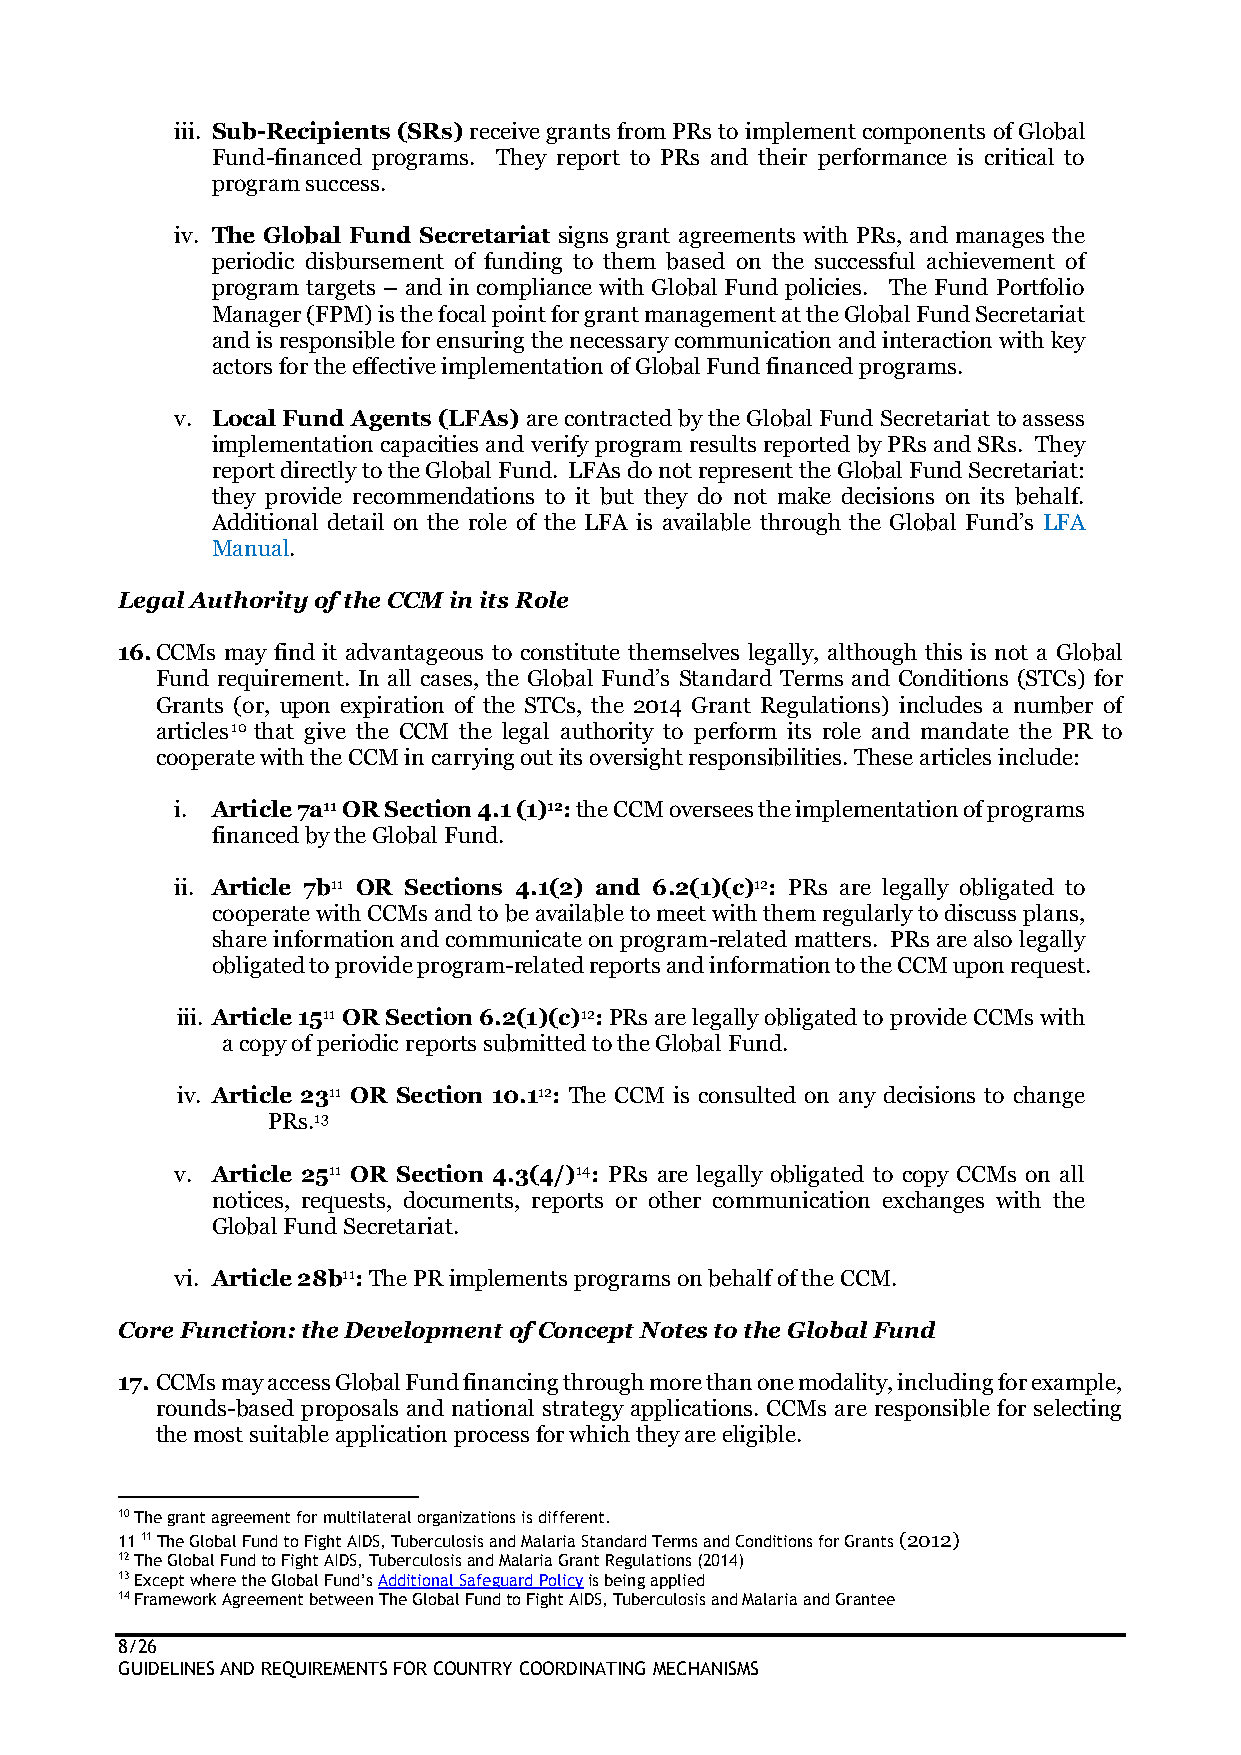
iii. Sub-Recipients (SRs) receive grants from PRs to implement components of Global
 Fund-financed programs. They report to PRs and their performance is critical to
 program success.
 iv. The Global Fund Secretariat signs grant agreements with PRs, and manages the
 periodic disbursement of funding to them based on the successful achievement of
 program targets – and in compliance with Global Fund policies. The Fund Portfolio
 Manager (FPM) is the focal point for grant management at the Global Fund Secretariat
 and is responsible for ensuring the necessary communication and interaction with key
 actors for the effective implementation of Global Fund financed programs.
 v. Local Fund Agents (LFAs) are contracted by the Global Fund Secretariat to assess
 implementation capacities and verify program results reported by PRs and SRs. They
 report directly to the Global Fund. LFAs do not represent the Global Fund Secretariat:
 they provide recommendations to it but they do not make decisions on its behalf.
 Additional detail on the role of the LFA is available through the Global Fund’s LFA
 Manual.
 Legal Authority of the CCM in its Role
 16. CCMs may find it advantageous to constitute themselves legally, although this is not a Global
 Fund requirement. In all cases, the Global Fund’s Standard Terms and Conditions (STCs) for
 Grants (or, upon expiration of the STCs, the 2014 Grant Regulations) includes a number of
 articles10 that give the CCM the legal authority to perform its role and mandate the PR to
 cooperate with the CCM in carrying out its oversight responsibilities. These articles include:
 i. Article 7a11 OR Section 4.1 (1)12: the CCM oversees the implementation of programs
 financed by the Global Fund.
 ii. Article 7b11 OR Sections 4.1(2) and 6.2(1)(c)12: PRs are legally obligated to
 cooperate with CCMs and to be available to meet with them regularly to discuss plans,
 share information and communicate on program-related matters. PRs are also legally
 obligated to provide program-related reports and information to the CCM upon request.
 iii. Article 1511 OR Section 6.2(1)(c)12: PRs are legally obligated to provide CCMs with
 a copy of periodic reports submitted to the Global Fund.
 iv. Article 2311 OR Section 10.112: The CCM is consulted on any decisions to change
 PRs.13
 v. Article 2511 OR Section 4.3(4/)14: PRs are legally obligated to copy CCMs on all
 notices, requests, documents, reports or other communication exchanges with the
 Global Fund Secretariat.
 vi. Article 28b11: The PR implements programs on behalf of the CCM.
 Core Function: the Development of Concept Notes to the Global Fund
 17. CCMs may access Global Fund financing through more than one modality, including for example,
 rounds-based proposals and national strategy applications. CCMs are responsible for selecting
 the most suitable application process for which they are eligible.
 10 The grant agreement for multilateral organizations is different.
 11 11 The Global Fund to Fight AIDS, Tuberculosis and Malaria Standard Terms and Conditions for Grants (2012)
 12 The Global Fund to Fight AIDS, Tuberculosis and Malaria Grant Regulations (2014)
 13 Except where the Global Fund’s Additional Safeguard Policy is being applied
 14 Framework Agreement between The Global Fund to Fight AIDS, Tuberculosis and Malaria and Grantee
 8/26
 GUIDELINES AND REQUIREMENTS FOR COUNTRY COORDINATING MECHANISMS